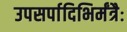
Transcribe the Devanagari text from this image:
उपसर्पादिभिर्मंत्रैः